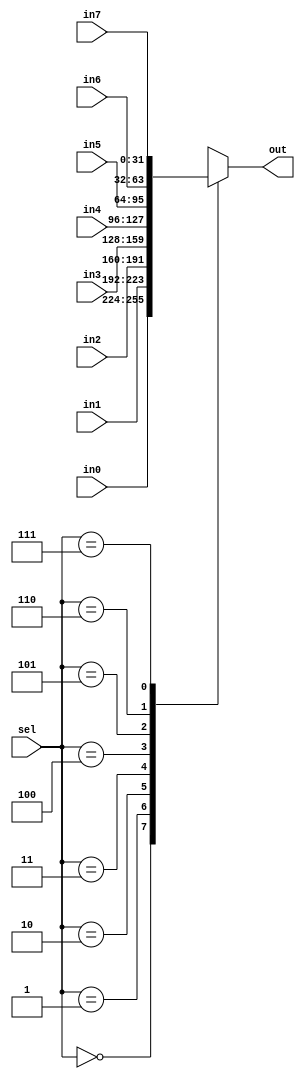
`timescale 1ns / 1ps
//////////////////////////////////////////////////////////////////////////////////
// Company: 
// Engineer: 
// 
// Design Name: 
// Module Name: mux8
// Project Name: 
// Target Devices: 
// Tool Versions: 
// Description: 
// 
// Dependencies: 
// 
// Revision:
// Revision 0.01 - File Created
// Additional Comments:
// 
//////////////////////////////////////////////////////////////////////////////////


module mux8(
    in0,
    in1,
    in2,
    in3,
    in4,
    in5,
    in6,
    in7,
    sel,
    out
    );
input [31:0] in0, in1, in2, in3, in4, in5, in6, in7;
input [2:0] sel;
output reg [31:0] out;

initial begin 
    out <= 32'd0;
end

always @(*)
begin
    case (sel)
    3'd0: out <= in0;
    3'd1: out <= in1;
    3'd2: out <= in2;
    3'd3: out <= in3;
    3'd4: out <= in4;
    3'd5: out <= in5;
    3'd6: out <= in6;
    3'd7: out <= in7;
    endcase

end

endmodule